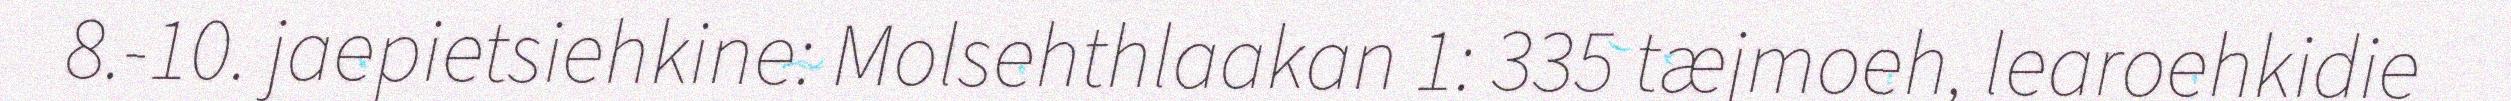
8.-10. jaepietsiehkine: Molsehthlaakan 1: 335 tæjmoeh, learoehkidie